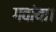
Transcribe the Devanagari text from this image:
गवांया।